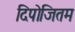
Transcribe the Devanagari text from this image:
दिपोजितम